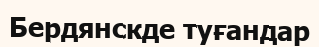
Бердянскде туғандар